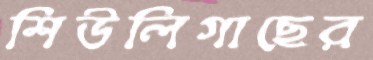
শিউলিগাছের